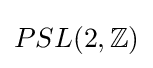
PSL(2,\mathbb {Z} )